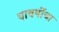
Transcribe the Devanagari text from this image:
यावर्षीचा